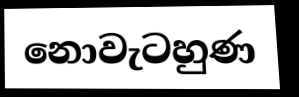
නොවැටහුණ